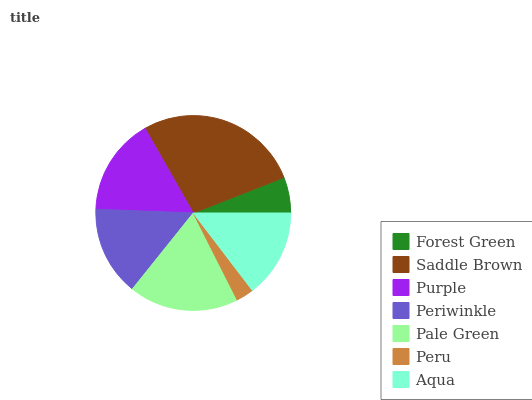
| Forest Green | Saddle Brown | Purple | Periwinkle | Pale Green | Peru | Aqua |
 | --- | --- | --- | --- | --- | --- | --- |
 | 5.96% | 27.4% | 16.1% | 14.9% | 18.2% | 2.93% | 14.6% |